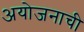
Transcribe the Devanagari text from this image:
अयोजनाची